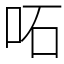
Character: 𠰴